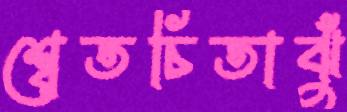
শ্বেতচিতাঝুঁ